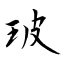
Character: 玻